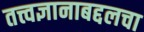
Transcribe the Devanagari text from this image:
तत्त्वज्ञानाबद्दलचा